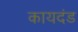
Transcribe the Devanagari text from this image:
कायदंड